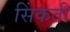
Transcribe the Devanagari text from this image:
सिंकती